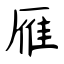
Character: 雁